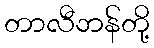
တာလီဘန်တို့